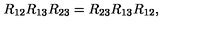
R _ { 1 2 } R _ { 1 3 } R _ { 2 3 } = R _ { 2 3 } R _ { 1 3 } R _ { 1 2 } ,